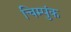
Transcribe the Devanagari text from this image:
चिम्पुंक